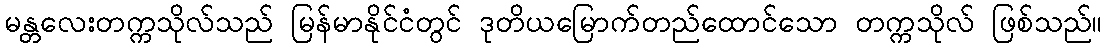
မန္တလေးတက္ကသိုလ်သည် မြန်မာနိုင်ငံတွင် ဒုတိယမြောက်တည်ထောင်သော တက္ကသိုလ် ဖြစ်သည်။